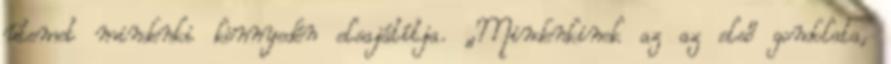
ütemet mindenki könnyedén elsajátítja. „Mindenkinek az az első gondolata,